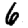
Digit: 6